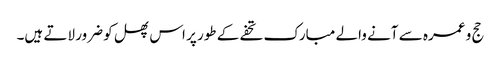
حج و عمرہ سے آنے والے مبارک تحفے کے طور پر اس پھل کو ضرور لاتے ہیں۔